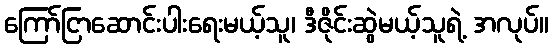
ကြော်ငြာဆောင်းပါးရေးမယ့်သူ၊ ဒီဇိုင်းဆွဲမယ့်သူရဲ့ အလုပ်။